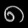
Digit: ၈